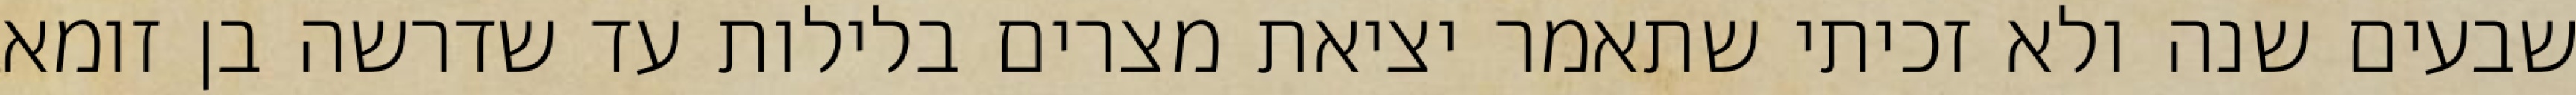
שבעים שנה ולא זכיתי שתאמר יציאת מצרים בלילות עד שדרשה בן זומא